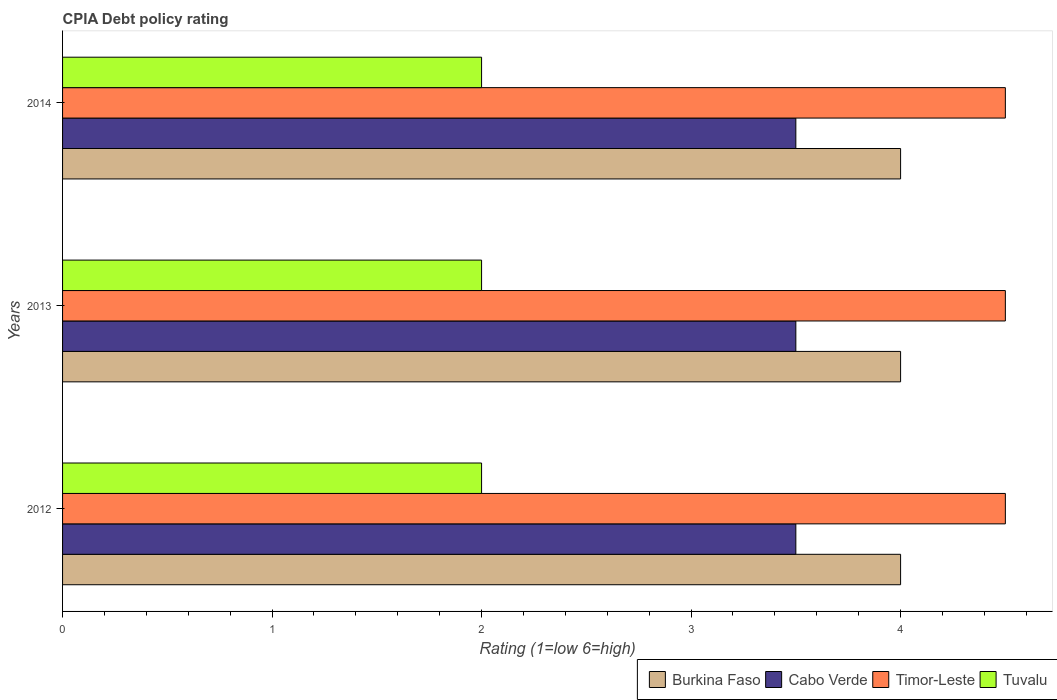
| Years | Burkina Faso | Cabo Verde | Timor-Leste | Tuvalu |
 | --- | --- | --- | --- | --- |
 | 2012 | 4 | 3.5 | 4.5 | 2 |
 | 2013 | 4 | 3.5 | 4.5 | 2 |
 | 2014 | 4 | 3.5 | 4.5 | 2 |